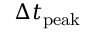
\Delta t _ { \mathrm { p e a k } }